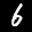
Digit: 6